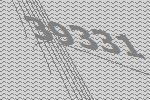
39331